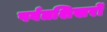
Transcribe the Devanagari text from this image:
पर्वतशिखरों